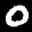
Label: 0